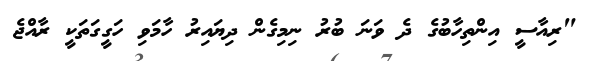
"ރިއާސީ އިންތިހާބުގެ ދެ ވަނަ ބުރު ނިމިގެން ދިޔައިރު ހާމަވި ހަގީގަތަކީ ރާއްޖެ